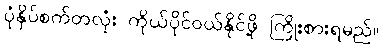
ပုံနှိပ်စက်တလုံး ကိုယ်ပိုင်ဝယ်နိုင်ဖို့ ကြိုးစားရမည်။